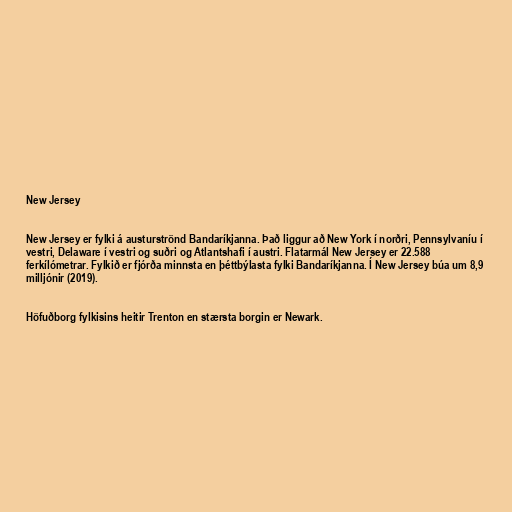
New Jersey

New Jersey er fylki á austurströnd Bandaríkjanna. Það liggur að New York í norðri, Pennsylvaníu í
vestri, Delaware í vestri og suðri og Atlantshafi í austri. Flatarmál New Jersey er 22.588
ferkílómetrar. Fylkið er fjórða minnsta en þéttbýlasta fylki Bandaríkjanna. Í New Jersey búa um 8,9
milljónir (2019).

Höfuðborg fylkisins heitir Trenton en stærsta borgin er Newark.